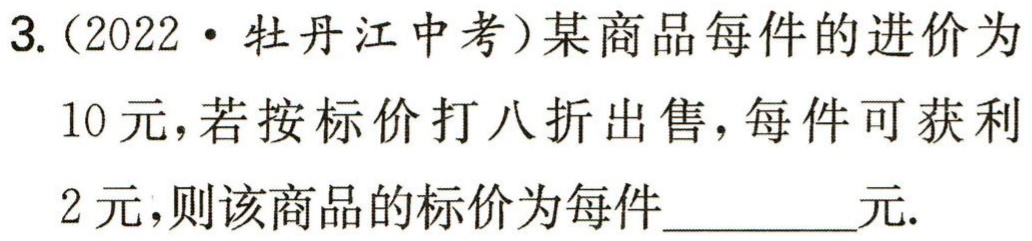
3. (2022·牡丹江中考)某商品每件的进价为10元，若按标价打八折出售，每件可获利2元，则该商品的标价为每件________元.